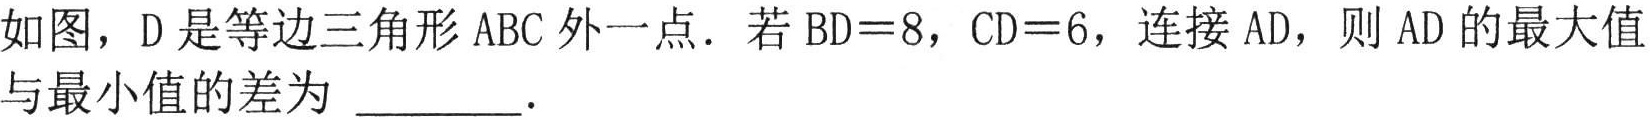
如图，D是等边三角形ABC外一点．若\(BD = 8\)，\(CD = 6\)，连接AD，则AD的最大值与最小值的差为 \_\_\_\_\_．